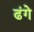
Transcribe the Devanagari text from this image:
ढंगे